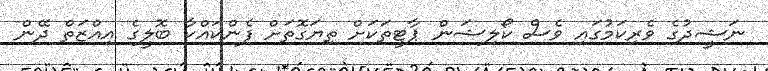
ނަޝީދުގެ ވެރިކަމުގައި ވެސް ކޯލިޝަން ޕާޓީތަކަށް ތިޔަގޮތަށް ފެންކައްކާ ބޮލީގެ އިއްޒަތް ދޭން